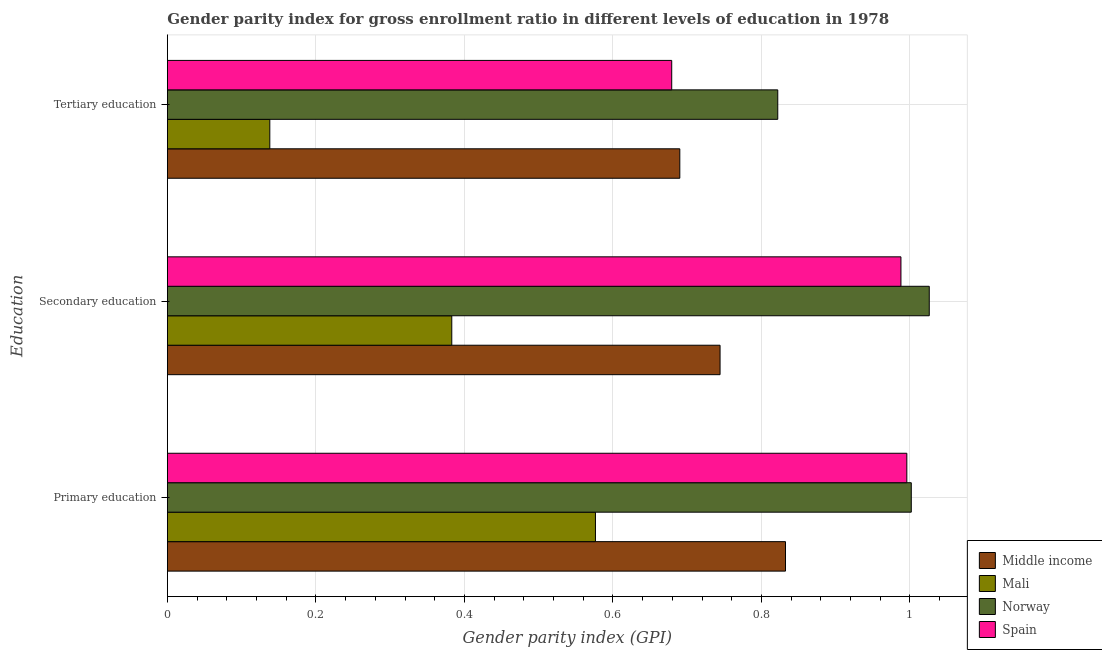
| Education | Middle income | Mali | Norway | Spain |
 | --- | --- | --- | --- | --- |
 | Primary education | 0.832 | 0.576 | 1 | 0.996 |
 | Secondary education | 0.744 | 0.383 | 1.03 | 0.988 |
 | Tertiary education | 0.69 | 0.138 | 0.822 | 0.679 |